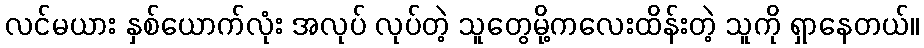
လင်မယား နှစ်ယောက်လုံး အလုပ် လုပ်တဲ့ သူတွေမို့ကလေးထိန်းတဲ့ သူကို ရှာနေတယ်။